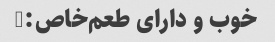
خوب و دارای طعم‌خاص:)